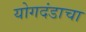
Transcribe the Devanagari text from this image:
योगदंडाचा